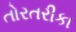
તોરતરીકા